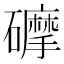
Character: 𥗂